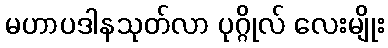
မဟာပဒါနသုတ်လာ ပုဂ္ဂိုလ် လေးမျိုး